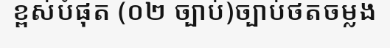
ខ្ពស់បំផុត (០២ ច្បាប់)ច្បាប់ថតចម្លង